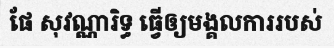
ផែ សុវណ្ណារិទ្ធ ធ្វើឲ្យមង្គលការរបស់